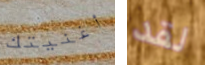
أغنيتك لقد